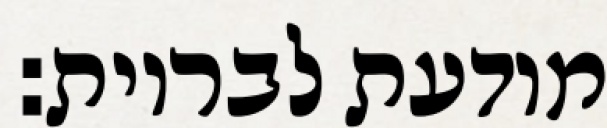
מודעת לבריות: